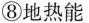
⑧地热能